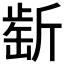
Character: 𣂶